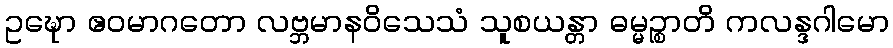
ဥဍ္ဎော ဧဝမာဂတော လဗ္ဘမာနဝိသေသံ သူစယန္တာ ဓမ္မဉ္စာတိ ကလန္ဒဂါမော